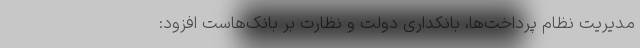
مدیریت نظام پرداخت‌ها، بانکداری دولت و نظارت بر بانک‌هاست افزود: